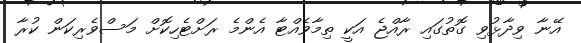
އޭނާ ވިދާޅުވި ގޮތުގައި ރާއްޖެ އަކީ ތިމާވެއްޓާ އެންމެ ރަށްޓެހިކޮށް މަސްވެރިކަން ކުރާ